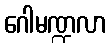
ဂေါမဏ္ဍလာ